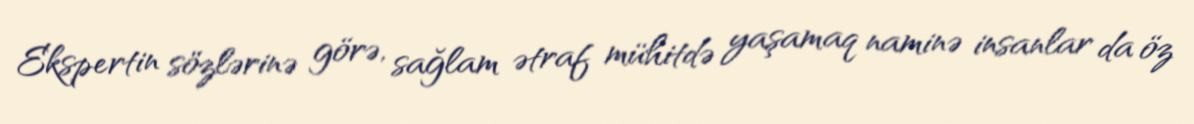
Ekspertin sözlərinə görə, sağlam ətraf mühitdə yaşamaq naminə insanlar da öz